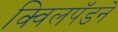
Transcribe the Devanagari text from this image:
क्विलपॅडने